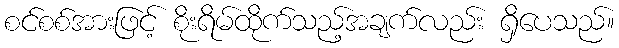
စင်စစ်အားဖြင့် စိုးရိမ်ထိုက်သည့်အချက်လည်း ရှိပေသည်။